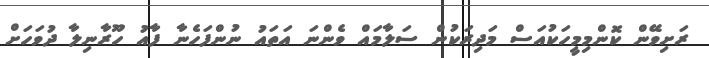
ރަށިވޭން ކޮންމިމީހަކުއަސް މަދިރަކުން ސަލާމައް ވެންނަ އަތައު ނުންފަހެނާ ފާއު ހޫރާނިލާ ދުވަހަށް